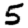
Digit: 5